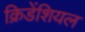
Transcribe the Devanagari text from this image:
क्रिडेंशियल